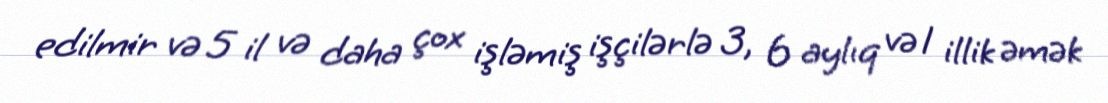
edilmir və 5 il və daha çox işləmiş işçilərlə 3, 6 aylıq və 1 illik əmək